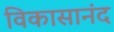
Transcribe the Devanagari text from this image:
विकासानंद